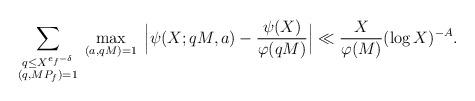
LaTeX: \begin{align*}\sum_{\substack{q\leq X^{e_f-\delta}\\(q,MP_f)=1}}\;\max_{(a,qM)=1}\;\Big\lvert\psi(X;qM,a) - \frac{\psi(X)}{\varphi(qM)}\Big\rvert\ll\frac{X}{\varphi(M)}(\log X)^{-A}.\end{align*}